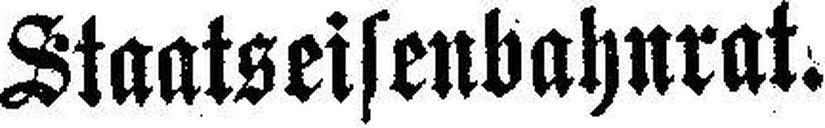
Staatseisenbahnrat.